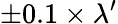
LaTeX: \pm 0.1\times\lambda^{\prime}